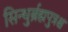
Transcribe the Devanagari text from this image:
सिन्धुर्ब्रह्मपुत्रश्च